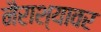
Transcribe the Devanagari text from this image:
नैराश्यावर